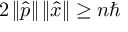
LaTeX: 2 \left\| { \hat { p } } \right\| \left\| { \hat { x } } \right\| \geq n \hbar